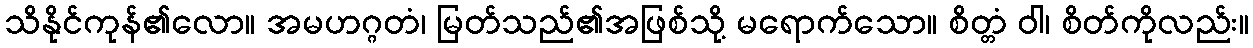
သိနိုင်ကုန်၏လော။ အမဟဂ္ဂတံ၊ မြတ်သည်၏အဖြစ်သို့ မရောက်သော။ စိတ္တံ ဝါ၊ စိတ်ကိုလည်း။